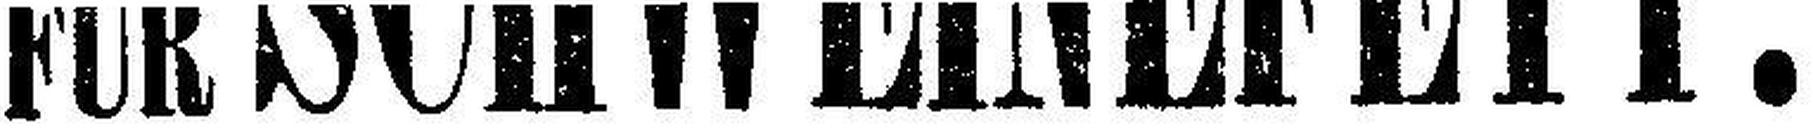
FÜR SCHWEINEFETT: